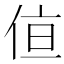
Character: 𪝂